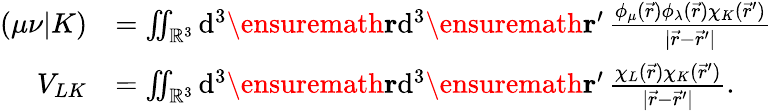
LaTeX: \begin{array}{rl}{(\mu\nu\vert K)}&{=\iint_{\mathbb{R}^{3}}\mathrm{d}^{3}\ensuremath\mathbf{r}\mathrm{d}^{3}\ensuremath\mathbf{r}^{\prime}\, \frac{\phi_{\mu}(\vec{r})\phi_{\lambda}(\vec{r})\chi_{K}(\vec{r}^{\prime})}{\vert\vec{r}-\vec{r}^{\prime}\vert}}\\ {V_{LK}}&{=\iint_{\mathbb{R}^{3}}\mathrm{d}^{3}\ensuremath\mathbf{r}\mathrm{d}^{3}\ensuremath\mathbf{r}^{\prime}\, \frac{\chi_{L}(\vec{r})\chi_{K}(\vec{r}^{\prime})}{\vert\vec{r}-\vec{r}^{\prime}\vert}.}\end{array}